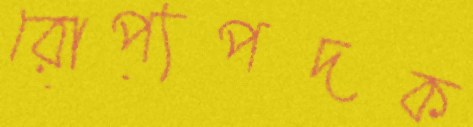
রোপ্যপদক